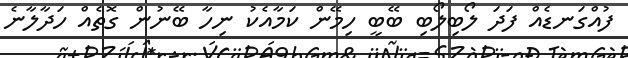
ފުއްގަނޑެއް ފަދަ ލޯބިލޯބި ބޭބީ ހިމޭން ކަމާއެކު ނިހާ ބޭނުން ގޮތެއް ހަދާލާނެ